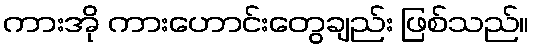
ကားအို ကားဟောင်းတွေချည်း ဖြစ်သည်။